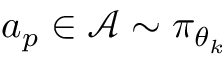
a _ { p } \in \mathcal { A } \sim \pi _ { \theta _ { k } }